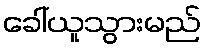
ခေါ်ယူသွားမည်